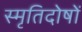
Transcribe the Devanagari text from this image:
स्मृतिदोषों